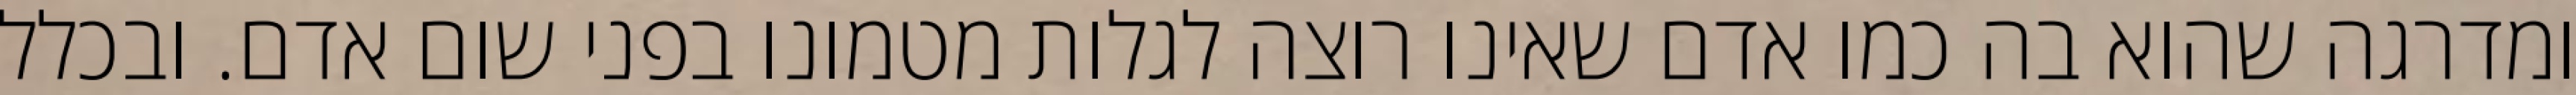
ומדרגה שהוא בה כמו אדם שאינו רוצה לגלות מטמונו בפני שום אדם. ובכלל